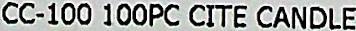
CC-100 100PC CITE CANDLE